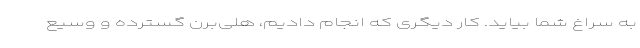
به سراغ شما بیاید. کار دیگری که انجام دادیم، هلی‌برن گسترده و وسیع